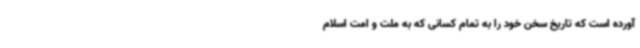
آورده است که تاریخ سخن خود را به تمام کسانی که به ملت و امت اسلام